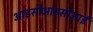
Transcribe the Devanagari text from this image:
आइसीआइसीआई